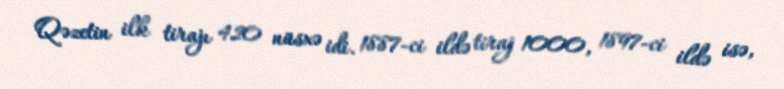
Qəzetin ilk tirajı 420 nüsxə idi. 1887-ci ildə tiraj 1000, 1897-ci ildə isə,